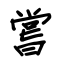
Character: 嘗